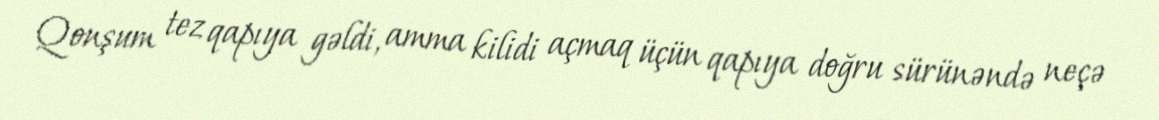
Qonşum tez qapıya gəldi, amma kilidi açmaq üçün qapıya doğru sürünəndə neçə